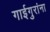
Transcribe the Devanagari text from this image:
गाईगुरांना